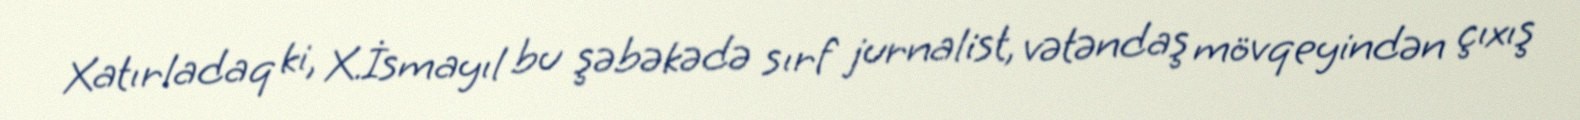
Xatırladaq ki, X.İsmayıl bu şəbəkədə sırf jurnalist, vətəndaş mövqeyindən çıxış